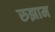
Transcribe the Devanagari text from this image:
रुझाम